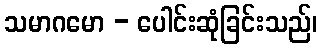
သမာဂမော - ပေါင်းဆုံခြင်းသည်၊